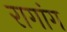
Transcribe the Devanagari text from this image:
रागांग